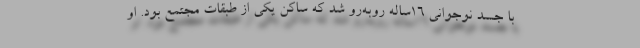
با جسد نوجوانی ۱۶ساله روبه‌رو شد که ساکن یکی از طبقات مجتمع بود. او